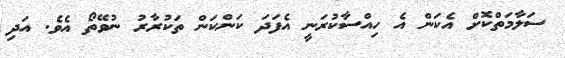
ސަލާމަތްކޮށް އެކަން އެ ހިއްސާކުރަނީ އެފަދަ ކަންކަން ތަކުރާރު ނުވޭތޯ އެވެ. އަދި